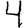
Digit: 4